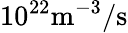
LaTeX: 10^{22}\mathrm{m^{-3}/s}